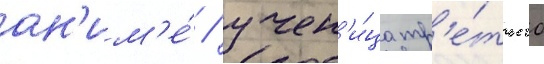
ан'им'е́ / учен'и́ца тр'е́тьего